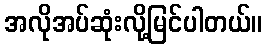
အလိုအပ်ဆုံးလို့မြင်ပါတယ်။